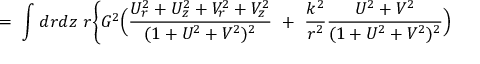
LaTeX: = \ \int d r d z \ r \Biggl \{ G ^ { 2 } \Bigl ( { \frac { U _ { r } ^ { 2 } + U _ { z } ^ { 2 } + V _ { r } ^ { 2 } + V _ { z } ^ { 2 } } { ( 1 + U ^ { 2 } + V ^ { 2 } ) ^ { 2 } } } \ + \ \frac { k ^ { 2 } } { r ^ { 2 } } { \frac { U ^ { 2 } + V ^ { 2 } } { ( 1 + U ^ { 2 } + V ^ { 2 } ) ^ { 2 } } } \Bigr )